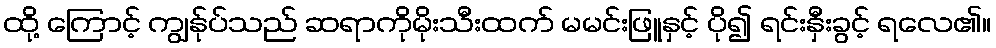
ထို့ ကြောင့် ကျွန်ုပ်သည် ဆရာကိုမိုးသီးထက် မမင်းဖြူနှင့် ပို၍ ရင်းနှီးခွင့် ရလေ၏။